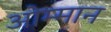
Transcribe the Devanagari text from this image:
ओम्मान